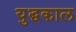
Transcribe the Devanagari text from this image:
युद्घकाल